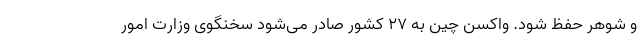
و شوهر حفظ شود. واکسن چین به 27 کشور صادر می‌شود سخنگوی وزارت امور